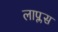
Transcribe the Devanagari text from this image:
लाप्लस